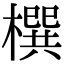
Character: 㯢